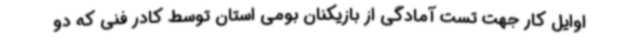
اوایل کار جهت تست آمادگی از بازیکنان بومی استان توسط کادر فنی که دو